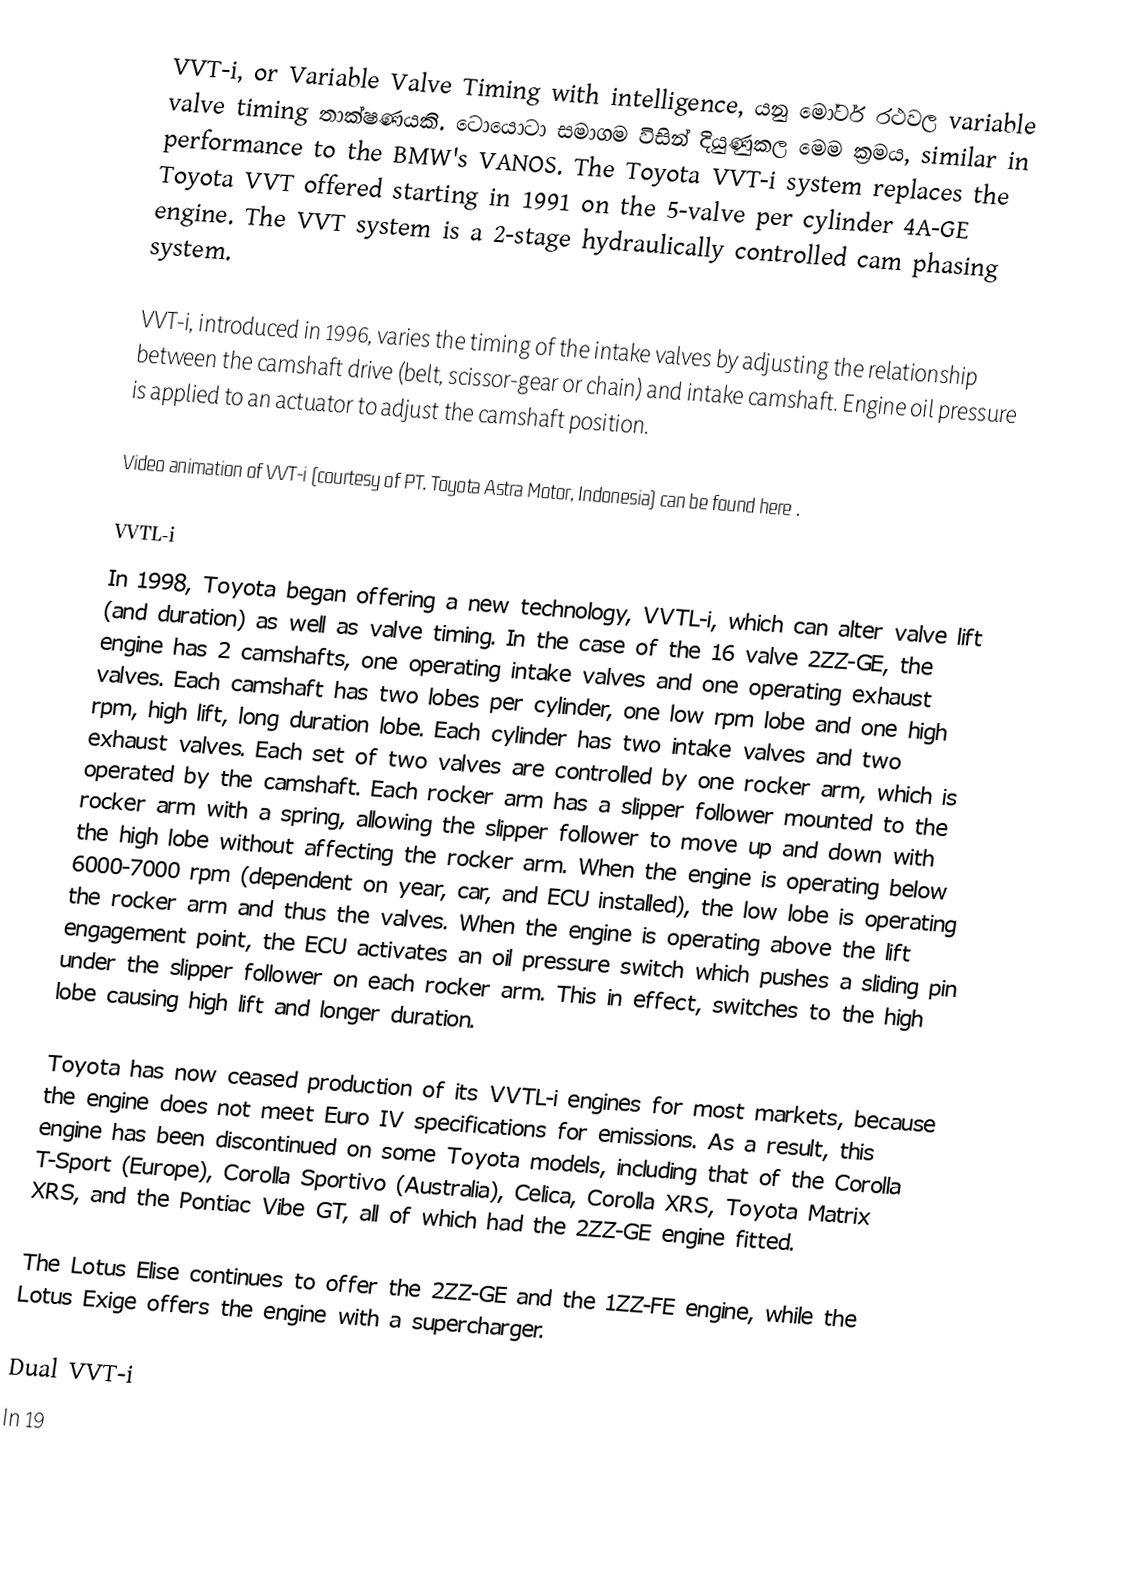
VVT-i, or Variable Valve Timing with intelligence, යනු මෝටර් රථවල  variable valve timing තාක්ෂණයකි.  ටොයොටා සමාගම විසින් දියුණුකල මෙ‍ම ක්‍රමය, similar in performance to the BMW's VANOS.  The Toyota VVT-i system replaces the Toyota VVT offered starting in 1991 on the 5-valve per cylinder 4A-GE engine.  The VVT system is a 2-stage hydraulically controlled cam phasing system.

VVT-i, introduced in 1996, varies the timing of the intake valves by adjusting the relationship between the camshaft drive (belt, scissor-gear or chain) and intake camshaft.  Engine oil pressure is applied to an actuator to adjust the camshaft position.

Video animation of VVT-i (courtesy of PT. Toyota Astra Motor, Indonesia) can be found here .

VVTL-i
In 1998, Toyota began offering a new technology, VVTL-i, which can alter valve lift (and duration) as well as valve timing.  In the case of the 16 valve 2ZZ-GE, the engine has 2 camshafts, one operating intake valves and one operating exhaust valves.  Each camshaft has two lobes per cylinder, one low rpm lobe and one high rpm, high lift, long duration lobe.  Each cylinder has two intake valves and two exhaust valves.  Each set of two valves are controlled by one rocker arm, which is operated by the camshaft.  Each rocker arm has a slipper follower mounted to the rocker arm with a spring, allowing the slipper follower to move up and down with the high lobe without affecting the rocker arm.  When the engine is operating below 6000-7000 rpm (dependent on year, car, and ECU installed), the low lobe is operating the rocker arm and thus the valves.  When the engine is operating above the lift engagement point, the ECU activates an oil pressure switch which pushes a sliding pin under the slipper follower on each rocker arm.  This in effect, switches to the high lobe causing high lift and longer duration.

Toyota has now ceased production of its VVTL-i engines for most markets, because the engine does not meet Euro IV specifications for emissions. As a result, this engine has been discontinued on some Toyota models, including that of the Corolla T-Sport (Europe), Corolla Sportivo (Australia), Celica, Corolla XRS, Toyota Matrix XRS, and the Pontiac Vibe GT, all of which had the 2ZZ-GE engine fitted.

The Lotus Elise continues to offer the 2ZZ-GE and the 1ZZ-FE engine, while the Lotus Exige offers the engine with a supercharger.

Dual VVT-i
In 19